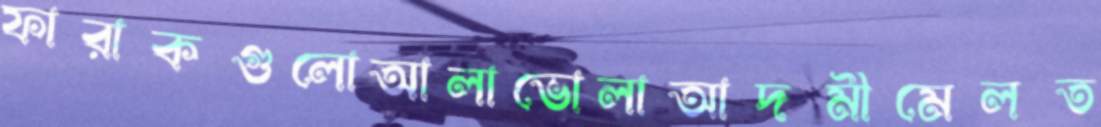
ফারাকগুলোআলাভোলাআদমীমেলত